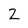
Character: 2